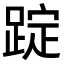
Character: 𨂌